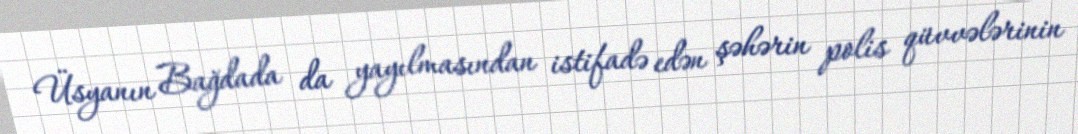
Üsyanın Bağdada da yayılmasından istifadə edən şəhərin polis qüvvələrinin